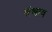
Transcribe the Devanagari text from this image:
संश्राव